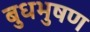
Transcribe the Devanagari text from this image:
बुधभुषण